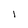
Character: 1